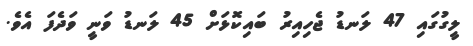
ލީގުގައި 47 ލަނޑު ޖެހިއިރު ބައިކޮޅަށް 45 ލަނޑު ވަނީ ވަދެފަ އެވެ.